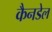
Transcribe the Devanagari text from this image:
कैनडेल